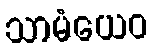
သာမံယေဝ